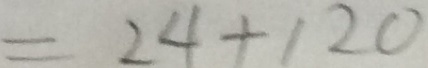
= 2 4 + 1 2 0